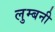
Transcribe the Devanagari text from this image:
लुम्बनी